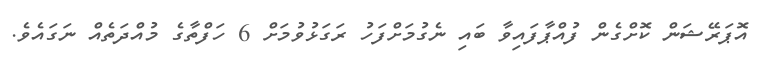
އޮޕަރޭޝަން ކޮށްގެން ފުއްޕާފައިވާ ބައި ނެގުމަށްފަހު ރަގަޅުވުމަށް 6 ހަފްތާގެ މުއްދަތެއް ނަގައެވެ.